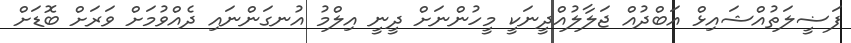
ފަޟީލަތުއްޝައިޅް އަބްދުއް ޖަލާލުއްދީނަކީ މީހުންނަށް ދީނީ އިލްމު އުނގަންނައި ދެއްވުމަށް ވަރަށް ބޮޑަށް